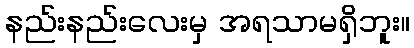
နည်းနည်းလေးမှ အရသာမရှိဘူး။